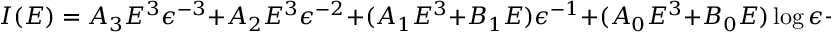
I ( E ) = A _ { 3 } E ^ { 3 } \epsilon ^ { - 3 } + A _ { 2 } E ^ { 3 } \epsilon ^ { - 2 } + ( A _ { 1 } E ^ { 3 } + B _ { 1 } E ) \epsilon ^ { - 1 } + ( A _ { 0 } E ^ { 3 } + B _ { 0 } E ) \log \epsilon + O ( 1 ) ,